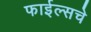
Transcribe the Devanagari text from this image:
फाईल्सचे